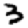
Digit: 3